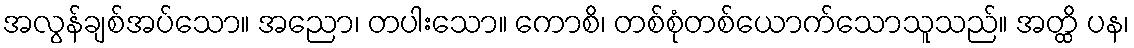
အလွန်ချစ်အပ်သော။ အညော၊ တပါးသော။ ကောစိ၊ တစ်စုံတစ်ယောက်သောသူသည်။ အတ္ထိ ပန၊